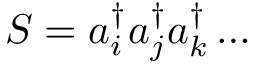
{ \cal { S } } = a _ { i } ^ { \dagger } a _ { j } ^ { \dagger } a _ { k } ^ { \dagger } \ldots